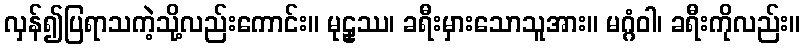
လှန်၍ပြရာသကဲ့သို့လည်းကောင်း။ မုဠှဿ၊ ခရီးမှားသောသူအား။ မဂ္ဂံဝါ၊ ခရီးကိုလည်း။